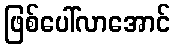
ဖြစ်ပေါ်လာအောင်